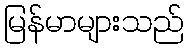
မြန်မာများသည်